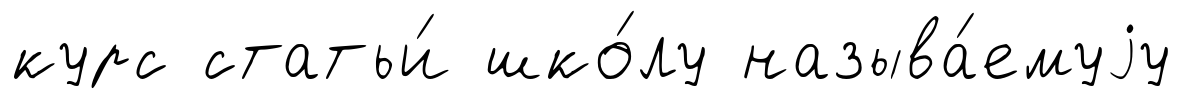
курс статьи́ шко́лу называ́емуjу